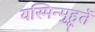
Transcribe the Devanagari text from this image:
यस्मिन्मुहूर्ते